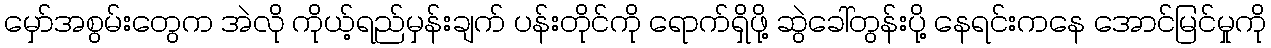
မှော်အစွမ်းတွေက အဲလို ကိုယ့်ရည်မှန်းချက် ပန်းတိုင်ကို ရောက်ရှိဖို့ ဆွဲခေါ်တွန်းပို့ နေရင်းကနေ အောင်မြင်မှုကို